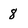
Character: 8